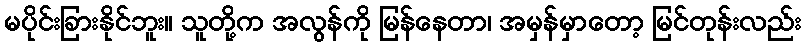
မပိုင်းခြားနိုင်ဘူး။ သူတို့က အလွန်ကို မြန်နေတာ၊ အမှန်မှာတော့ မြင်တုန်းလည်း